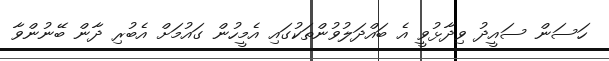
ހަސަން ސައީދު ވިދާޅުވީ އެ ބައްދަލުވުންތަކުގައި އެމީހުން ގައުމަށް އެބުރި ދާން ބޭނުންވާ